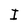
Character: I